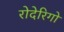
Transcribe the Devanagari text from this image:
रोदेरिगो